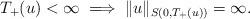
LaTeX: \begin{align*}T_+(u) < \infty \implies \| u \|_{S(0,T_+(u))} = \infty. \end{align*}